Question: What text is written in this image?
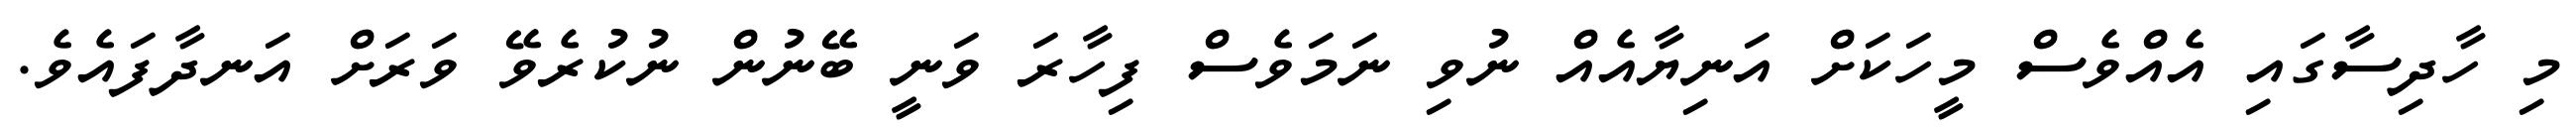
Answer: މި ހާދިސާގައި އެއްވެސް މީހަކަށް އަނިޔާއެއް ނުވި ނަމަވެސް ފިހާރަ ވަނީ ބޭނުން ނުކުރެވޭ ވަރަށް އަނދާފައެވެ.